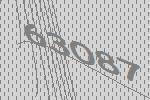
63087